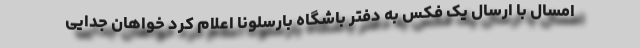
امسال با ارسال یک فکس به دفتر باشگاه بارسلونا اعلام کرد خواهان جدایی